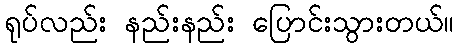
ရုပ်လည်း နည်းနည်း ပြောင်းသွားတယ်။